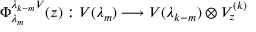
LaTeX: \Phi _ { \lambda _ { m } } ^ { \lambda _ { k - m } V } ( z ) : V ( \lambda _ { m } ) \longrightarrow V ( \lambda _ { k - m } ) \otimes V _ { z } ^ { ( k ) }